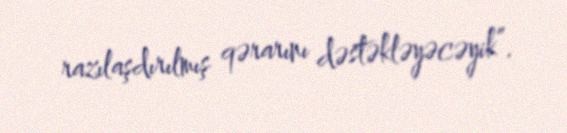
razılaşdırılmış qərarını dəstəkləyəcəyik”.